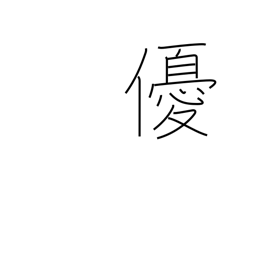
Meaning: actor